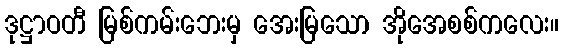
ဒုဋ္ဌာဝတီ မြစ်ကမ်းဘေးမှ အေးမြသော အိုအေစစ်ကလေး။